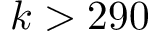
k > 2 9 0